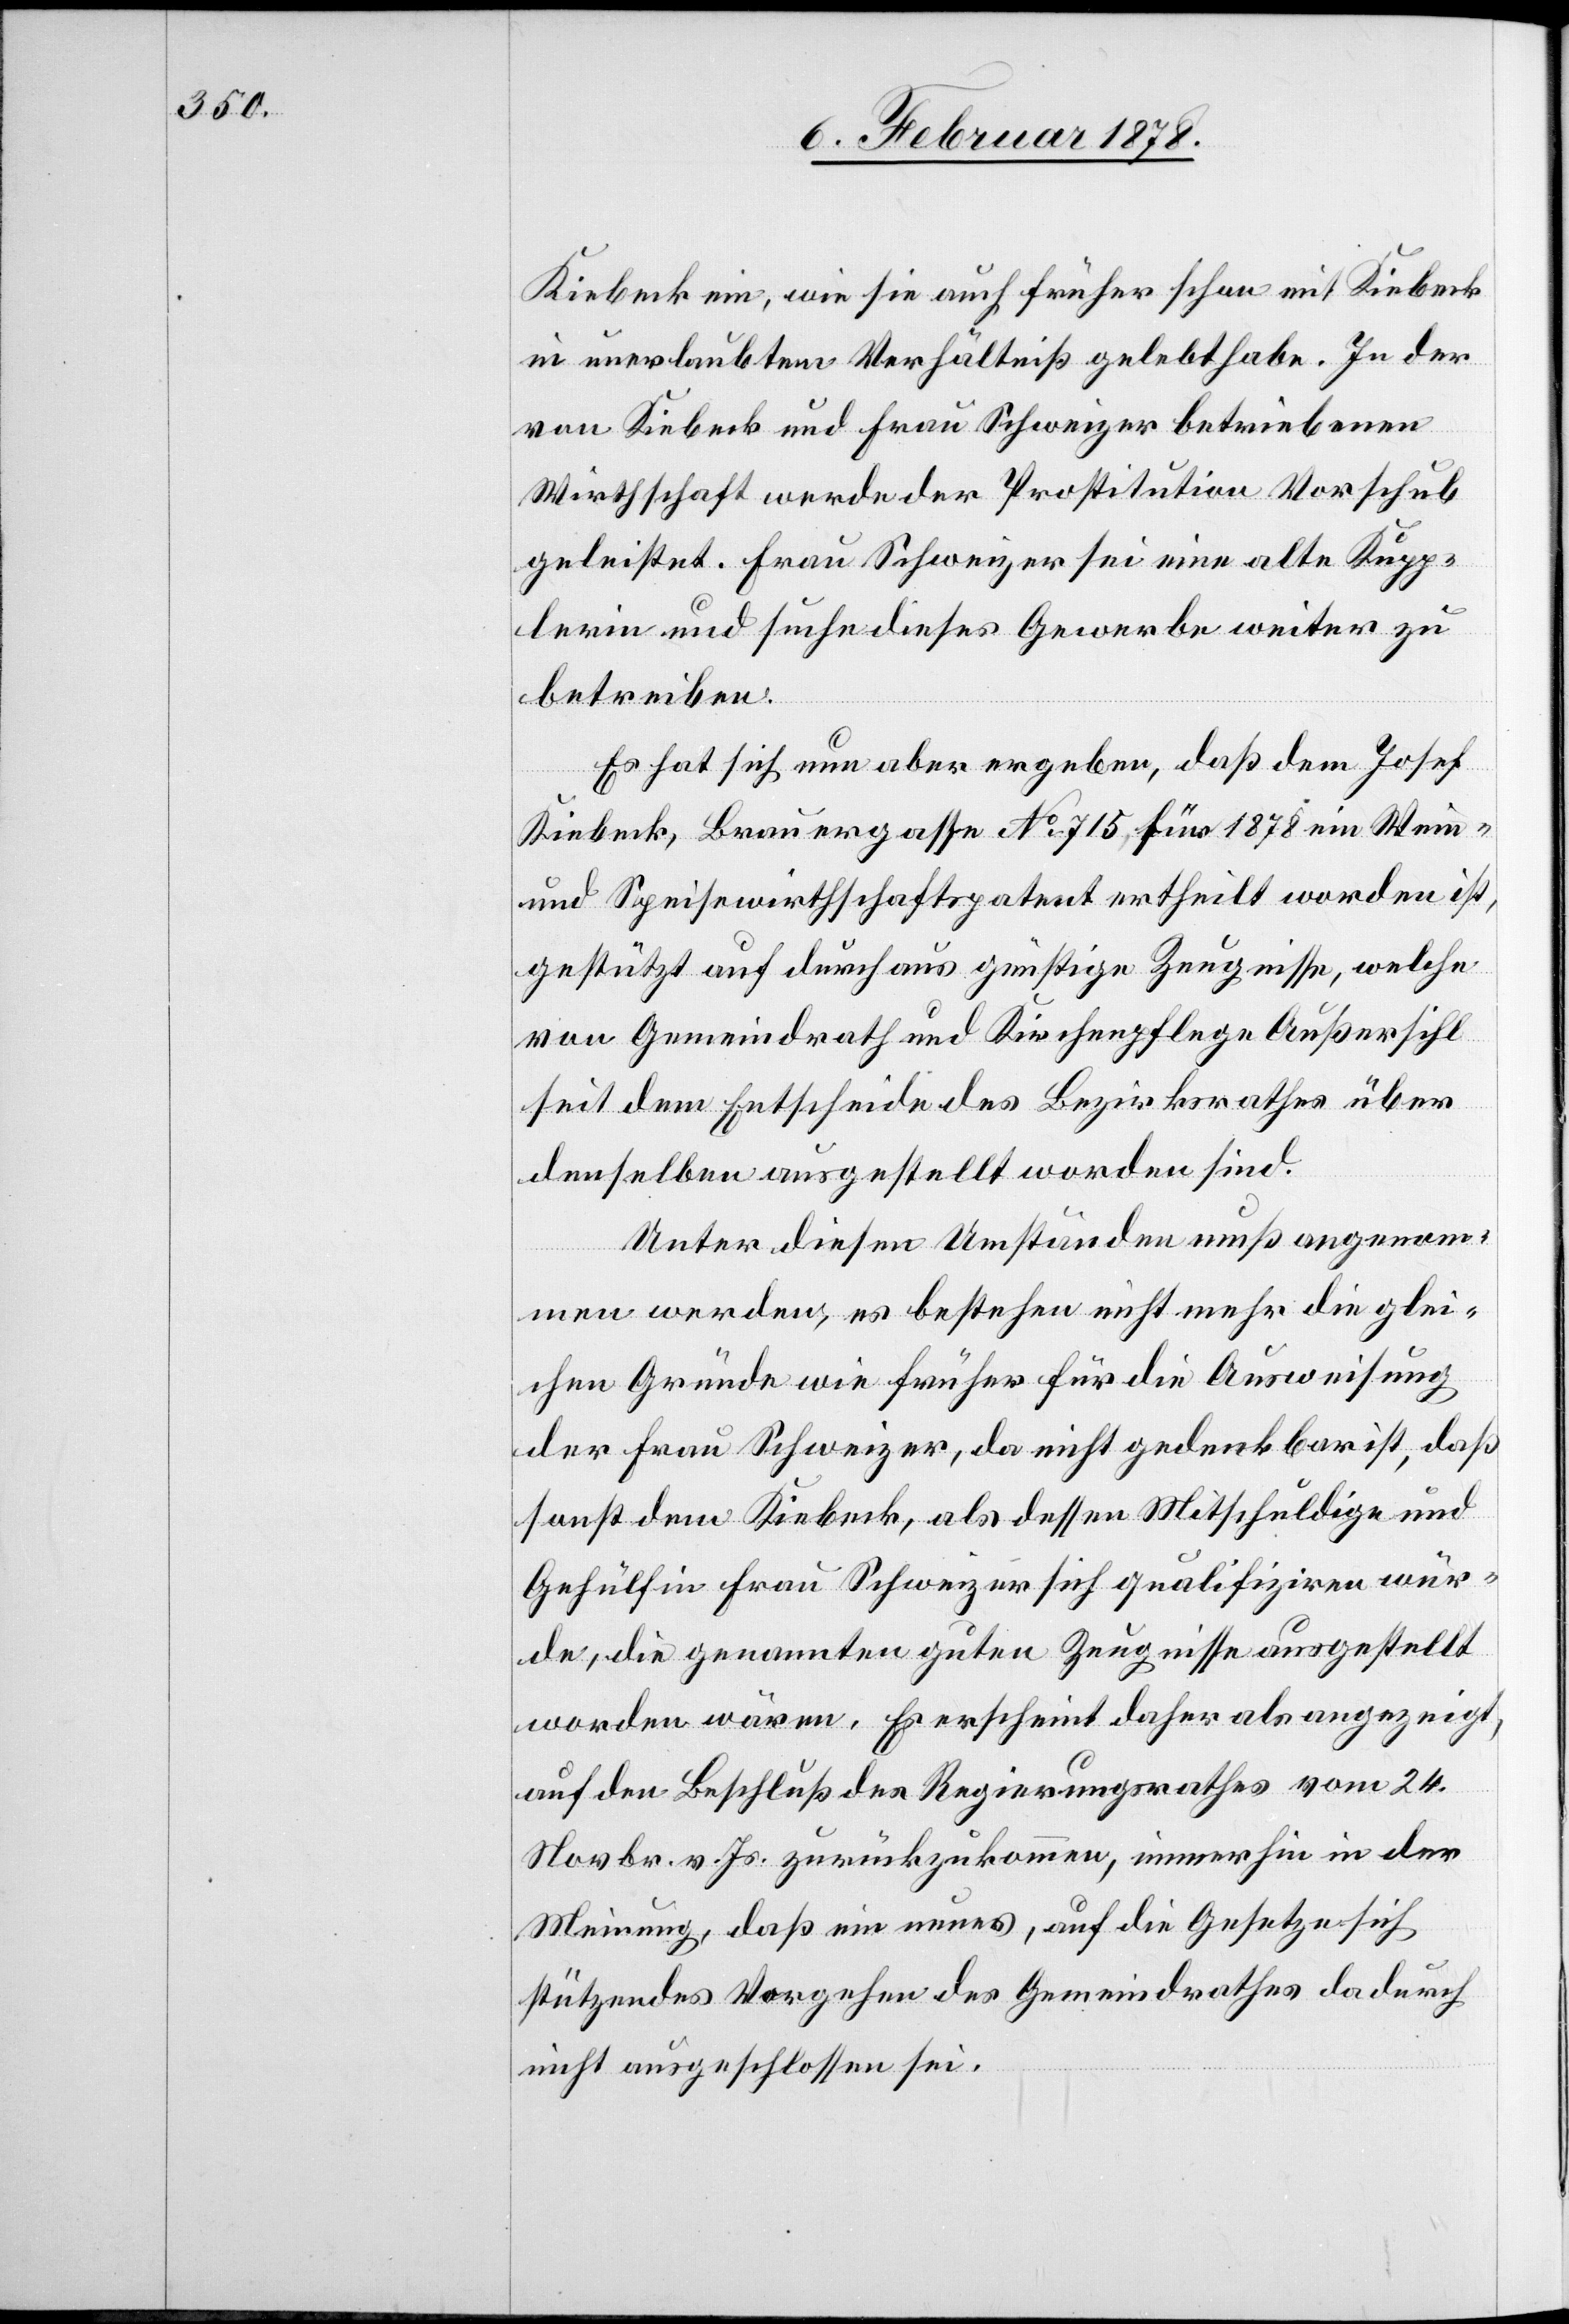
Kiebeck ein, wie sie auch früher schon mit Kiebeck
in unerlaubtem Verhältniß gelebt habe. In der
von Kiebeck und Frau Schweizer betriebenen
Wirtschaft werde der Prostitution Vorschub
geleistet. Frau Schweizer sei eine alte Kupp¬
lerin und suche dieses Gewerbe weiter zu
betreiben.
Es hat sich nun aber ergeben, daß dem Josef
Kiebeck, Brauergasse No 715 für 1878 ein Wein-
und Wirthschaftspatent ertheilt worden ist,
gestützt auf durchaus günstige Zeugnisse, welche
von Gemeindrath und Kirchenpflege Außersihl
seit dem Entscheide des Bezirksrathes über
denselben ausgestellt worden sind.
Unter diesen Umständen muß angenom¬
men werden, es bestehen nicht mehr die glei¬
chen Gründe wie früher für die Ausweisung
der Frau Schweizer, da nicht gedenkbar ist, daß
sonst dem Kiebeck, als dessen Mitschuldige und
Gehülfin Frau Schweyzer [sic!] sich qualifiziren wür¬
de, die genannten guten Zeugnisse ausgestellt
worden wären. Es erscheint daher als angezeigt,
auf den Beschluß des Regierungsrathes vom 24.
Novbr. v. Js. zurückzukommen, immerhin in der
Meinung, daß ein neues, auf die Gesetze sich
stützendes Vergehen des Gemeindrathes dadurch
nicht ausgeschlossen sei.